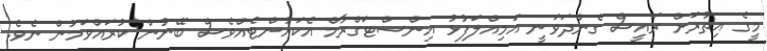
މީގެ އިތުރަށް ރައީސް ގެންދަވަނީ އަމިއްލަފުޅު އިންސްޓަގްރާމް އެކައުންޓެއްވެސް ބޭނުން ކުރައްވަމުން ނެވެ.